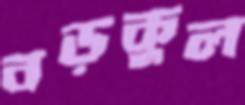
বড়কুল